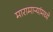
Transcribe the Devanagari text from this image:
मारामाऱ्यांमध्ये